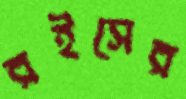
রইসের